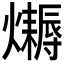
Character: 𤒛